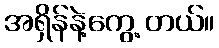
အရှိန်နဲ့ကွေ့ တယ်။